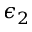
\epsilon _ { 2 }